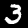
Label: 3